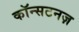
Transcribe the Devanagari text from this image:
कॉन्सटनज़